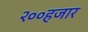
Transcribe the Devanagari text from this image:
२००हजार